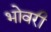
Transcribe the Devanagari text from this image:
भोवरी